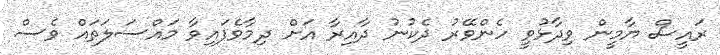
ރައީސް ޔާމީން ވިދާޅުވީ ހެންވޭރު ދެކުނު ދާއިރާ އަށް ދިމާވެފައިވާ މައްސަލަަތައް ވެސް